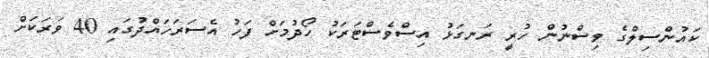
ކައުންސިލްގެ ވިސްނުން ހުރީ ރަނގަޅު އިސްވެސްޓަރަކު ހޯދުމަށް ފަހު އެސަރަހައްދުގައި 40 ވަރަކަށް